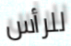
للرأس